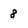
Character: 8